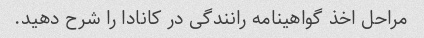
مراحل اخذ گواهینامه رانندگی در کانادا را شرح دهید.